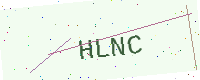
Text: HLNC